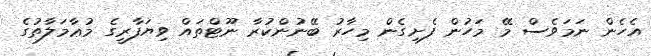
އެހެން ނަމަވެސް މޭ މަހުން ފެށިގެން މިހާރު ބޭނުންކުރާ ނޫޓްތައް ވިޔަފާރީގެ މުޢާމަލާތުގެ